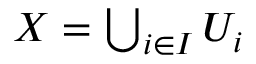
\textstyle X = \bigcup _ { i \in I } U _ { i }